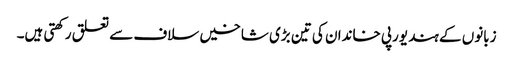
زبانوں کے ہند یورپی خاندان کی تین بڑی شاخیں سلاف سے تعلق رکھتی ہیں۔